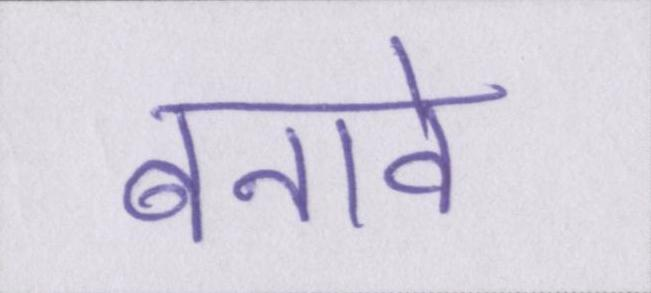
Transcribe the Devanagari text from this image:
बनावे